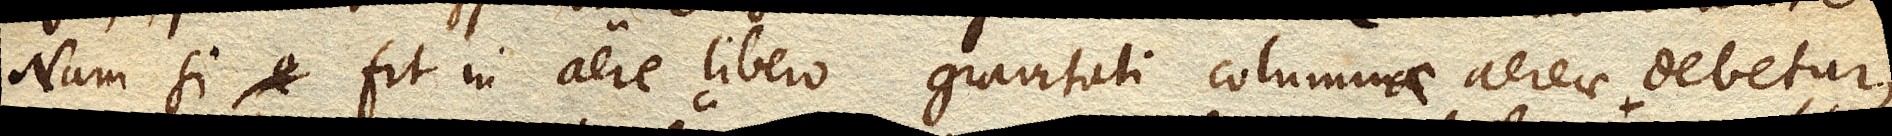
Nam si fit in aere libero gravitati columnae aereae debetur;